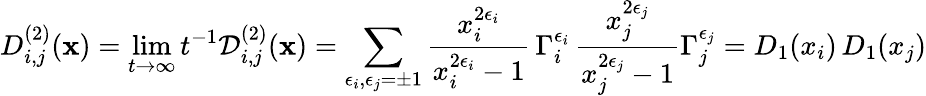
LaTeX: D_{i,j}^{(2)}(\mathbf x)=\operatorname*{lim}_{t\to\infty}t^{-1}\mathcal D_{i,j}^{(2)}(\mathbf x)=\sum_{\epsilon_{i},\epsilon_{j}=\pm 1}\frac{x_{i}^{2\epsilon_{i}}}{x_{i}^{2\epsilon_{i}}-1}\, \Gamma_{i}^{\epsilon_{i}}\, \frac{x_{j}^{2\epsilon_{j}}}{x_{j}^{2\epsilon_{j}}-1}\Gamma_{j}^{\epsilon_{j}}=D_{1}(x_{i})\, D_{1}(x_{j})